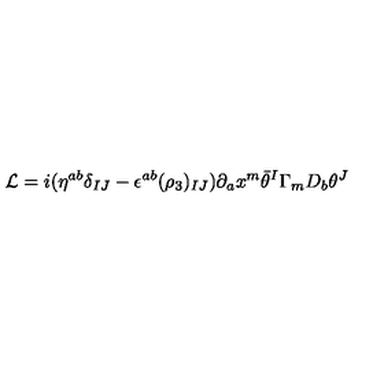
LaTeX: { \cal L } = i ( \eta ^ { a b } \delta _ { I J } - \epsilon ^ { a b } ( \rho _ { 3 } ) _ { I J } ) \partial _ { a } x ^ { m } \bar { \theta } ^ { I } \Gamma _ { m } D _ { b } \theta ^ { J }